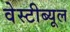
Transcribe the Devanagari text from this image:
वेस्टीब्यूल